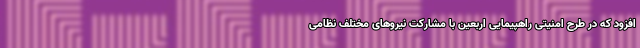
افزود که در طرح امنیتی راهپیمایی اربعین با مشارکت نیروهای مختلف نظامی